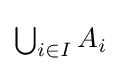
{\textstyle \bigcup _{i\in I}A_{i}}